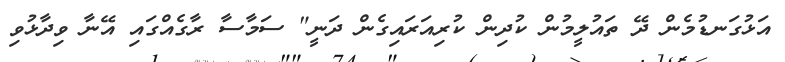
އަޅުގަނޑުމެން ދޭ ތައުލީމުން ކުދިން ކުރިއަރައިގެން ދަނީ" ސަމާސާ ރާގެއްގައި އޭނާ ވިދާޅުވި